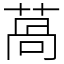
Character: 萵